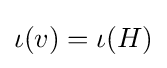
\iota (v)=\iota (H)